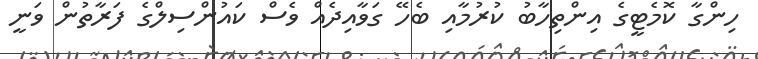
ހިންގާ ކޮމެޓީގެ އިންތިހާބު ކުރުމާއި ބެހޭ ގަވާއިދެއް ވެސް ކައުންސިލްގެ ފަރާތުން ވަނީ